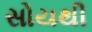
સોયથી